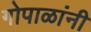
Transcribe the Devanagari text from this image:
गोपाळांनी